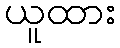
ယူထား